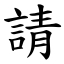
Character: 請